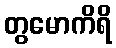
တွမောကိရိ